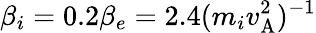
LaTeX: \beta_{i}=0.2\beta_{e}=2.4(m_{i}v_{\mathrm{A}}^{2})^{-1}